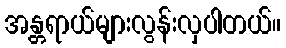
အန္တရာယ်များလွန်းလှပါတယ်။